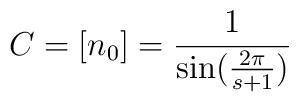
C = [n_{0}] = \frac{1}{\sin (\frac{2\pi}{s+1})}